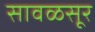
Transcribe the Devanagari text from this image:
सावळसूर